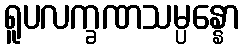
ရူပလက္ခဏသမ္ပန္နော